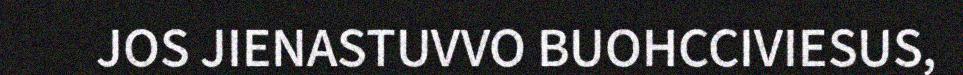
JOS JIENASTUVVO BUOHCCIVIESUS,